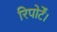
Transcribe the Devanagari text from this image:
रिपोर्टें।